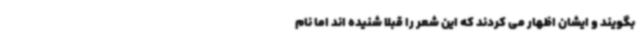
بگویند و ایشان اظهار می کردند که این شعر را قبلا شنیده اند اما نام